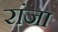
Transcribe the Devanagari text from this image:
रांजा